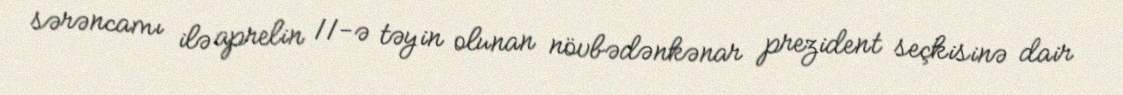
sərəncamı ilə aprelin 11-ə təyin olunan növbədənkənar prezident seçkisinə dair